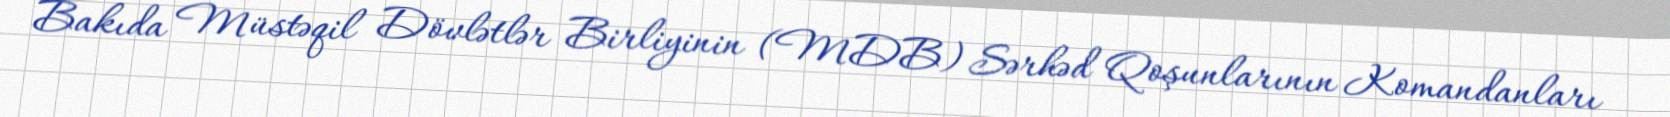
Bakıda Müstəqil Dövlətlər Birliyinin (MDB) Sərhəd Qoşunlarının Komandanları